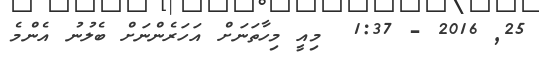
25